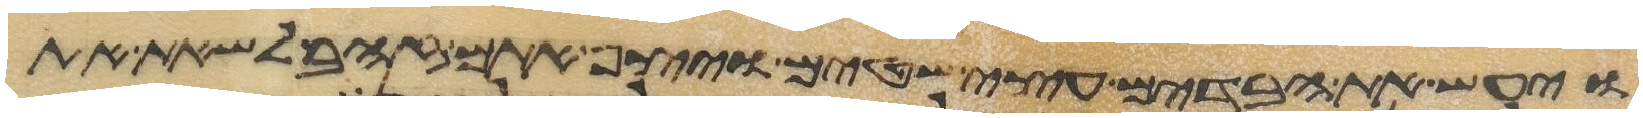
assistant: ויעש את הבדים עצי שטים ויצף אתם זהב לשאת את